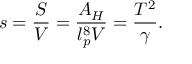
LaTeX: s = { \frac { S } { V } } = { \frac { A _ { H } } { l _ { p } ^ { 8 } V } } = { \frac { T ^ { 2 } } { \gamma } } .